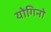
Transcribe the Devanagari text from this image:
योगिनो